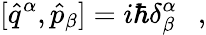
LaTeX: [\hat{q}^{\alpha},\hat{p}_{\beta}]=i\hbar\delta_{\beta}^{\alpha}\ \ \ ,